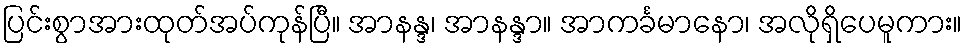
ပြင်းစွာအားထုတ်အပ်ကုန်ပြီ။ အာနန္ဒ၊ အာနန္ဒာ။ အာကင်္ခမာနော၊ အလိုရှိပေမူကား။